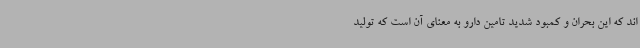
اند که این بحران و کمبود شدید تامین دارو به معنای آن است که تولید